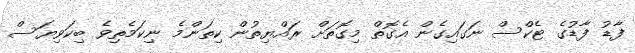
ފާޑު ފާޑުގެ ޓެކްސް ނަގައިގެން އެގޮތް މިގޮތަށް ރައްޔިތުން ކިތަންމެ ނިކަމެތިވެ ބިކަވިޔަސް